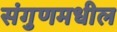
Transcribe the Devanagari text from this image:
संगुणमधील